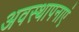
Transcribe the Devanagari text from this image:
अवस्थापनाएं